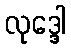
လုဒ္ဒေါ